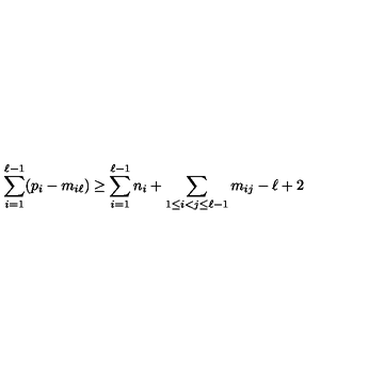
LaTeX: \sum _ { i = 1 } ^ { \ell - 1 } ( p _ { i } - m _ { i \ell } ) \geq \sum _ { i = 1 } ^ { \ell - 1 } n _ { i } + \sum _ { 1 \leq i < j \leq \ell - 1 } m _ { i j } - \ell + 2